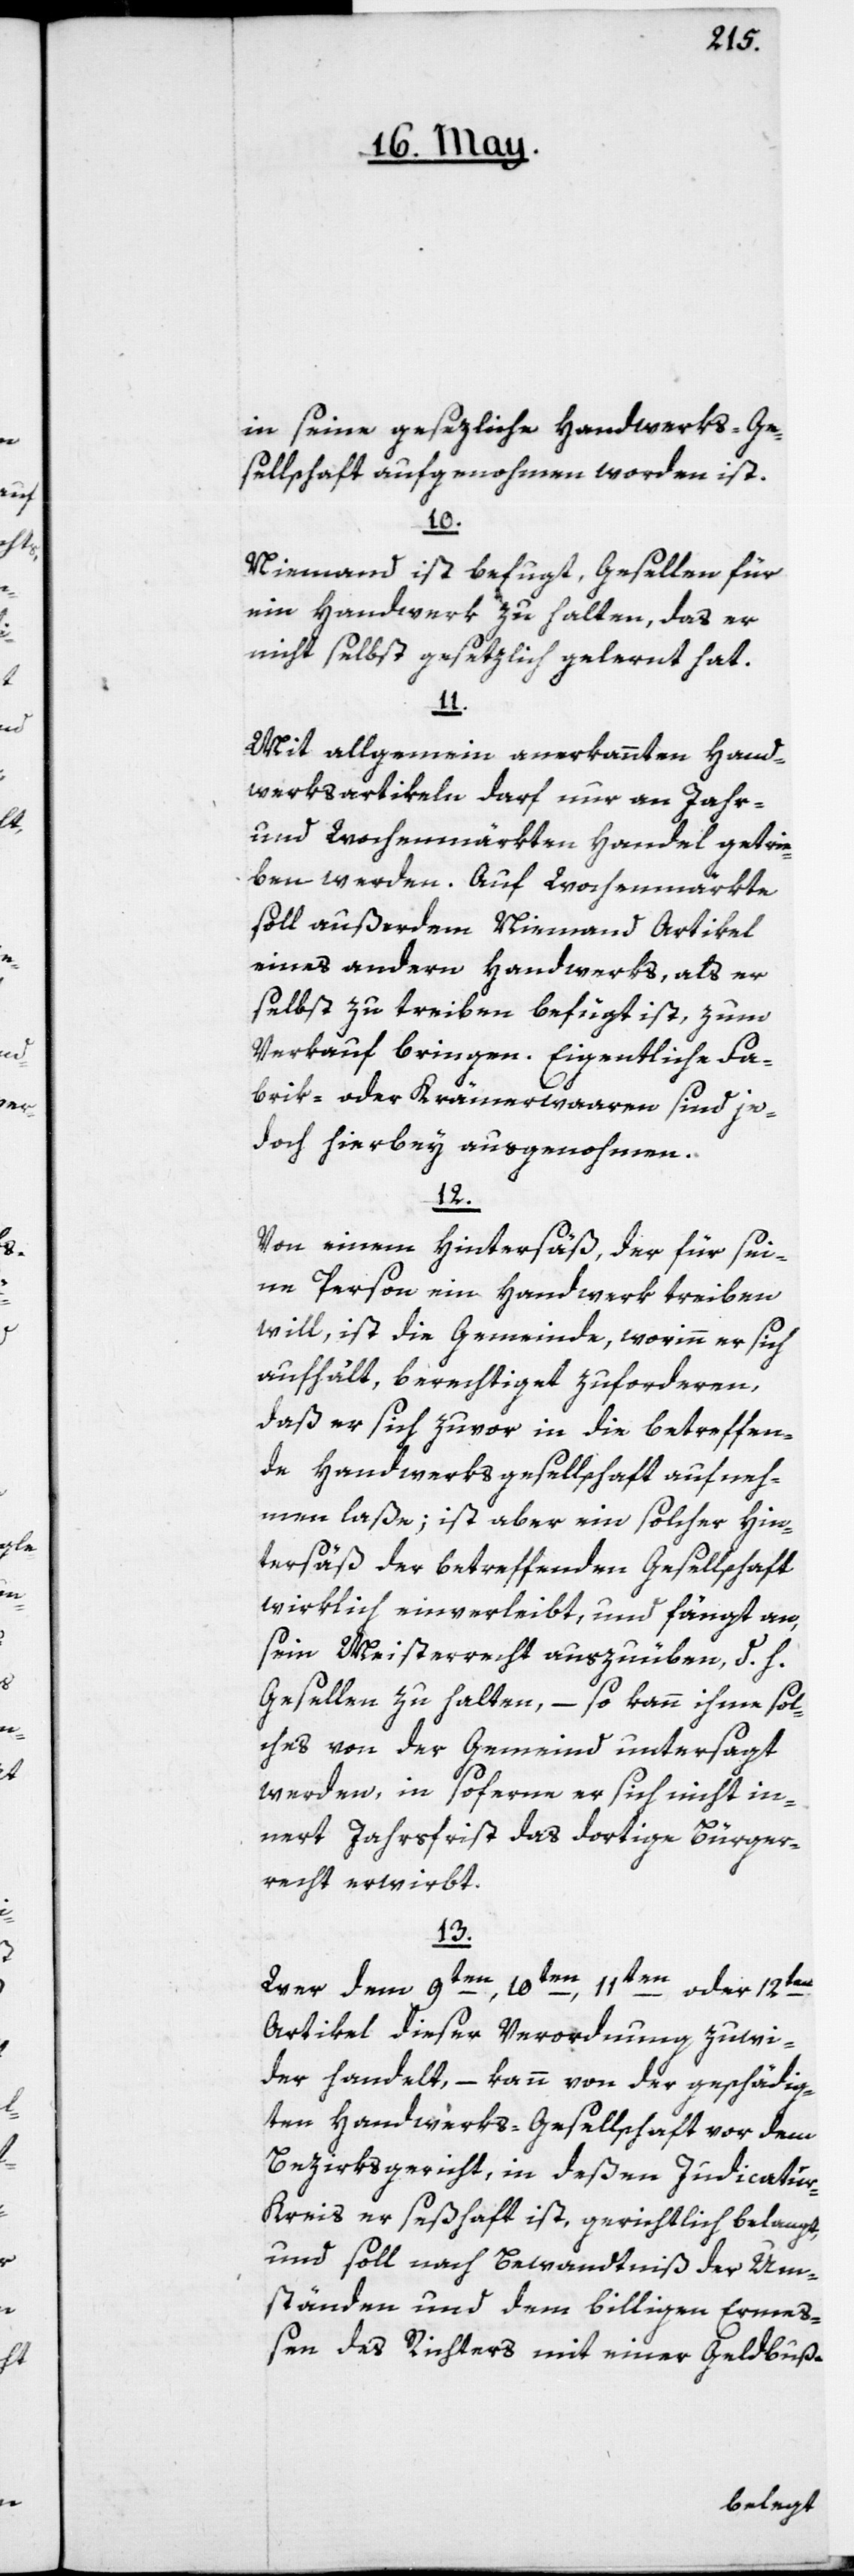
in seine gesezliche Handwerks-Ge¬
sellschaft aufgenommen worden ist.
10.
Niemand ist befugt, Gesellen für
ein Handwerk zu halten, das er
nicht selbst gesezlich gelernt hat.
11.
Mit allgemein anerkannten Hand¬
werksartikeln darf nur an Jahr-
und Wochenmärkten Handel getrie¬
ben werden. Auf Wochenmärkte
soll außerdem Niemand Artikel
eines andern Handwerks, als er
selbst zu treiben befugt ist, zum
Verkauf bringen. Eigentliche Fa¬
brik- oder Krämerwaaren sind je¬
doch hierbey ausgenohmen.
12.
Von einem Hintersäß, der für sei¬
ne Person ein Handwerk treiben
will, ist die Gemeinde, worinn er sich
aufhält, berechtiget zu forderen,
daß er sich zuvor in die betreffen¬
de Handwerksgesellschaft aufneh¬
men laße; ist aber ein solcher Hin¬
tersäß der betreffenden Gesellschaft
wirklich einverleibt, und fängt an,
sein Meisterrecht auszuüben, d. h.
Gesellen zu halten, – so kann ihme sol¬
ches von der Gemeind untersagt
werden, in soferne er sich nicht in¬
nert Jahresfrist das dortige Bürger¬
recht erwirbt.
13.
Wer dem 9ten, 10ten, 11ten oder 12ten
Artikel dieser Verordnung zuwi¬
der handelt, – kann von der geschädig¬
ten Handwerks-Gesellschaft vor dem
Bezirksgericht, in deßen Judicatu¬
r-Kreis er seßhaft ist, gerichtlich belangt,
und soll nach Bewandtniß der Um¬
ständen und dem billigen Erme¬
ßen des Richters mit einer Geldbuße